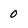
Character: 0